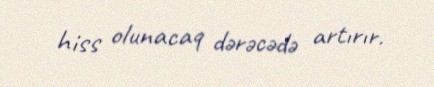
hiss olunacaq dərəcədə artırır.